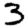
Digit: 3